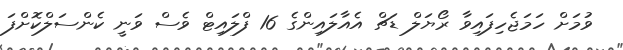
ވުމަށް ހަމަޖެހިފައިވާ ރޯޔަލް ޑަޗް އެއާލައިންގެ 16 ފްލައިޓް ވެސް ވަނީ ކެންސަލްކޮށްފަ